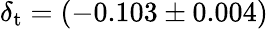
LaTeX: \delta_{\mathrm{t}}=(-0.103\pm 0.004)